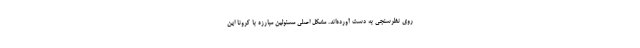
روی نظرسنجی به دست آورده‌اند. مشکل اصلی مسئولین مبارزه با کرونا این